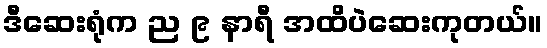
ဒီဆေးရုံက ည ၉ နာရီ အထိပဲဆေးကုတယ်။